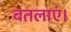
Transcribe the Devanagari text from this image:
बतलाएं।